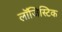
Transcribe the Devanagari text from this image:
लाॅजिस्टिक